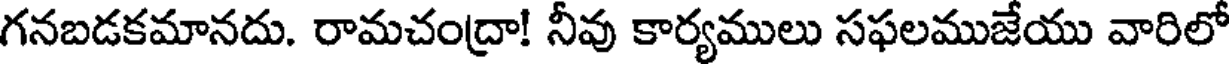
గనబడకమానదు. రామచంద్రా! నీవు కార్యములు సఫలముజేయు వారిలో